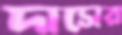
দাসের